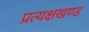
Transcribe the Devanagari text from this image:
प्रत्यक्षखण्ड